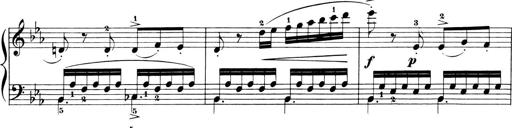
Title: 6 Piano Sonatinas
Composer: Cornelius Gurlitt